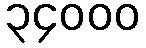
၃၄၀၀၀